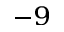
^ { - 9 }